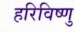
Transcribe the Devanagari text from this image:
हरिविष्णु